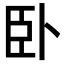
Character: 卧